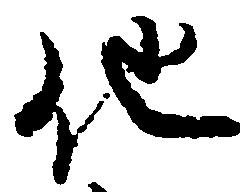
他